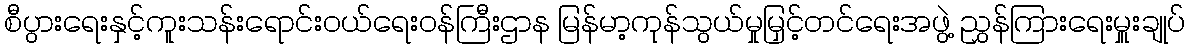
စီပွားရေးနှင့်ကူးသန်းရောင်းဝယ်ရေးဝန်ကြီးဌာန မြန်မာ့ကုန်သွယ်မှုမြှင့်တင်ရေးအဖွဲ့ ညွှန်ကြားရေးမှူးချုပ်